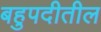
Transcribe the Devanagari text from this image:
बहुपदीतील